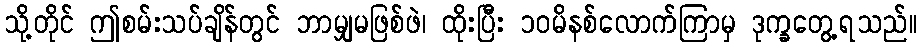
သို့တိုင် ဤစမ်းသပ်ချိန်တွင် ဘာမျှမဖြစ်ဖဲ၊ ထိုးပြီး ၁၀မိနစ်လောက်ကြာမှ ဒုက္ခတွေ့ရသည်။